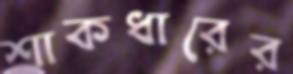
শাকধারের